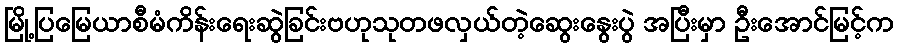
မြို့ပြမြေယာစီမံကိန်းရေးဆွဲခြင်းဗဟုသုတဖလှယ်တဲ့ဆွေးနွေးပွဲ အပြီးမှာ ဦးအောင်မြင့်က